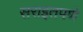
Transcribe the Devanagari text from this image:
सराइतपणे